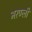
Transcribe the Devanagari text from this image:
भरण्ली